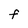
Character: F